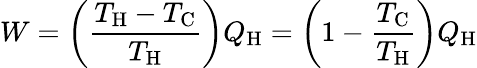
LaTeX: W=\left({\frac{T_{\mathrm{H}}-T_{\mathrm{C}}}{T_{\mathrm{H}}}}\right)Q_{\mathrm{H}}=\left(1-{\frac{T_{\mathrm{C}}}{T_{\mathrm{H}}}}\right)Q_{\mathrm{H}}